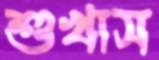
শুখাস